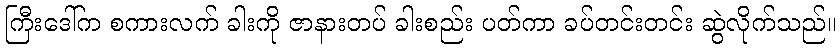
ကြီးဒေါ်က စကားလက် ခါးကို ဇာနားတပ် ခါးစည်း ပတ်ကာ ခပ်တင်းတင်း ဆွဲလိုက်သည်။